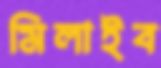
মিলাইব